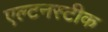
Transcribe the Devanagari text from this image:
एल्टनस्टीक